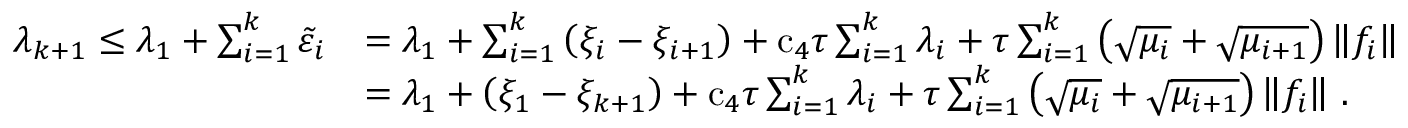
\begin{array} { r l } { { \lambda } _ { k + 1 } \leq { \lambda } _ { 1 } + \sum _ { i = 1 } ^ { k } { \tilde { \varepsilon } } _ { i } } & { = { \lambda } _ { 1 } + \sum _ { i = 1 } ^ { k } \left( { \xi } _ { i } - { \xi } _ { i + 1 } \right) + { \mathrm { c } } _ { 4 } { \tau } \sum _ { i = 1 } ^ { k } { \lambda } _ { i } + { \tau } \sum _ { i = 1 } ^ { k } \left( \sqrt { { \mu } _ { i } } + \sqrt { { \mu } _ { i + 1 } } \right) \left\| { f } _ { i } \right\| } \\ & { = { \lambda } _ { 1 } + \left( { \xi } _ { 1 } - { \xi } _ { k + 1 } \right) + { \mathrm { c } } _ { 4 } { \tau } \sum _ { i = 1 } ^ { k } { \lambda } _ { i } + { \tau } \sum _ { i = 1 } ^ { k } \left( \sqrt { { \mu } _ { i } } + \sqrt { { \mu } _ { i + 1 } } \right) \left\| { f } _ { i } \right\| \, . } \end{array}